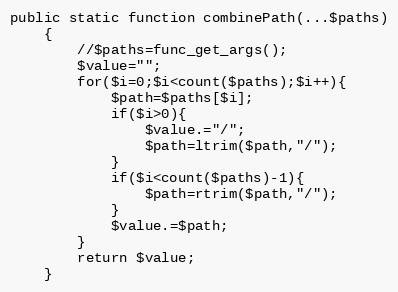
Language: PHP
public static function combinePath(...$paths)
    {
        //$paths=func_get_args();
        $value="";
        for($i=0;$i<count($paths);$i++){
            $path=$paths[$i];
            if($i>0){
                $value.="/";
                $path=ltrim($path,"/");
            }
            if($i<count($paths)-1){
                $path=rtrim($path,"/");
            }
            $value.=$path;
        }
        return $value;
    }